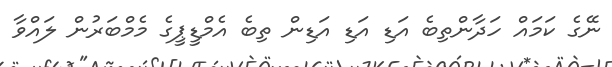
ނޭގެ ކަމައް ހަދާންތިބެ އަޑި އަޑި އަޑިން ތިބެ އެމްޑީޕީގެ މެމްބަރުން ލައްވާ